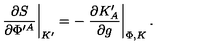
\left. { \frac { \partial S } { \partial \Phi ^ { \prime A } } } \right| _ { K ^ { \prime } } = - \left. { \frac { \partial K _ { A } ^ { \prime } } { \partial g } } \right| _ { \Phi , K } .